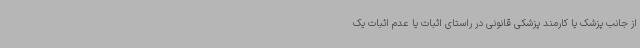
از جانب پزشک یا کارمند پزشکی قانونی در راستای اثبات یا عدم اثبات یک